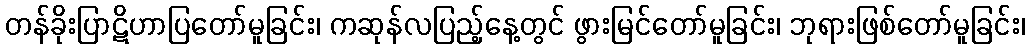
တန်ခိုးပြာဋိဟာပြတော်မူခြင်း၊ ကဆုန်လပြည့်နေ့တွင် ဖွားမြင်တော်မူခြင်း၊ ဘုရားဖြစ်တော်မူခြင်း၊